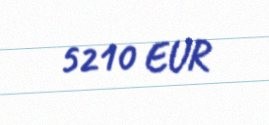
5210 EUR